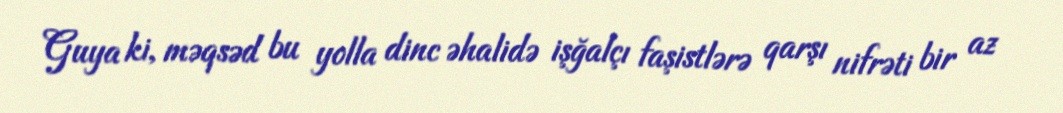
Guya ki, məqsəd bu yolla dinc əhalidə işğalçı faşistlərə qarşı nifrəti bir az